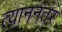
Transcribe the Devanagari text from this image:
त्याननंतर